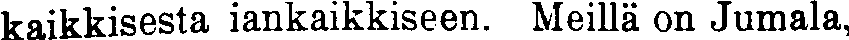
kaikkisesta iankaikkiseen. Meillä on Jumala,